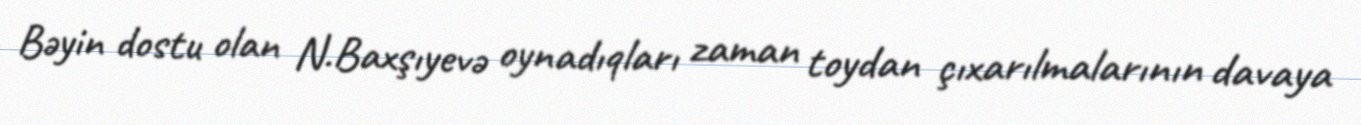
Bəyin dostu olan N.Baxşıyevə oynadıqları zaman toydan çıxarılmalarının davaya